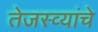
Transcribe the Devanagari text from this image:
तेजस्व्यांचे